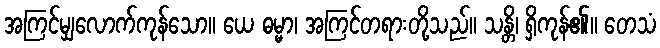
အကြင်မျှလောက်ကုန်သော။ ယေ ဓမ္မာ၊ အကြင်တရားတို့သည်။ သန္တိ၊ ရှိကုန်၏။ တေသံ